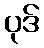
ပုဒ်